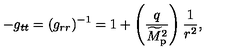
- g _ { t t } = ( g _ { r r } ) ^ { - 1 } = 1 + \left( { \frac { q } { \widetilde { M } _ { \mathrm { p } } ^ { 2 } } } \right) { \frac { 1 } { r ^ { 2 } } } ,